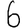
Digit: 6